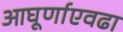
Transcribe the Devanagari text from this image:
आघूर्णाएवढा